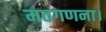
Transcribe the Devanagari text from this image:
मतगणना।